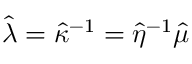
\hat { \lambda } = \hat { \kappa } ^ { - 1 } = \hat { \eta } ^ { - 1 } \hat { \mu }